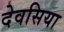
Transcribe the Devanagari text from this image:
देवसिया